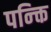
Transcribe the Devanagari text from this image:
पन्क्ति